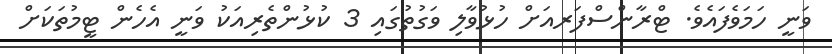
ވަނީ ހަމަވެފައެވެ. ޓްރާންސްފަރއަށް ހުޅުވާލި ވަގުތުގައި 3 ކުޅުންތެރިއަކު ވަނީ އެހެން ޓީމުތަކަށް